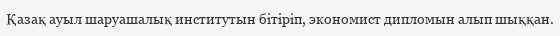
Қазақ ауыл шаруашалық институтын бітіріп, экономист дипломын алып шыққан.